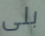
بلى